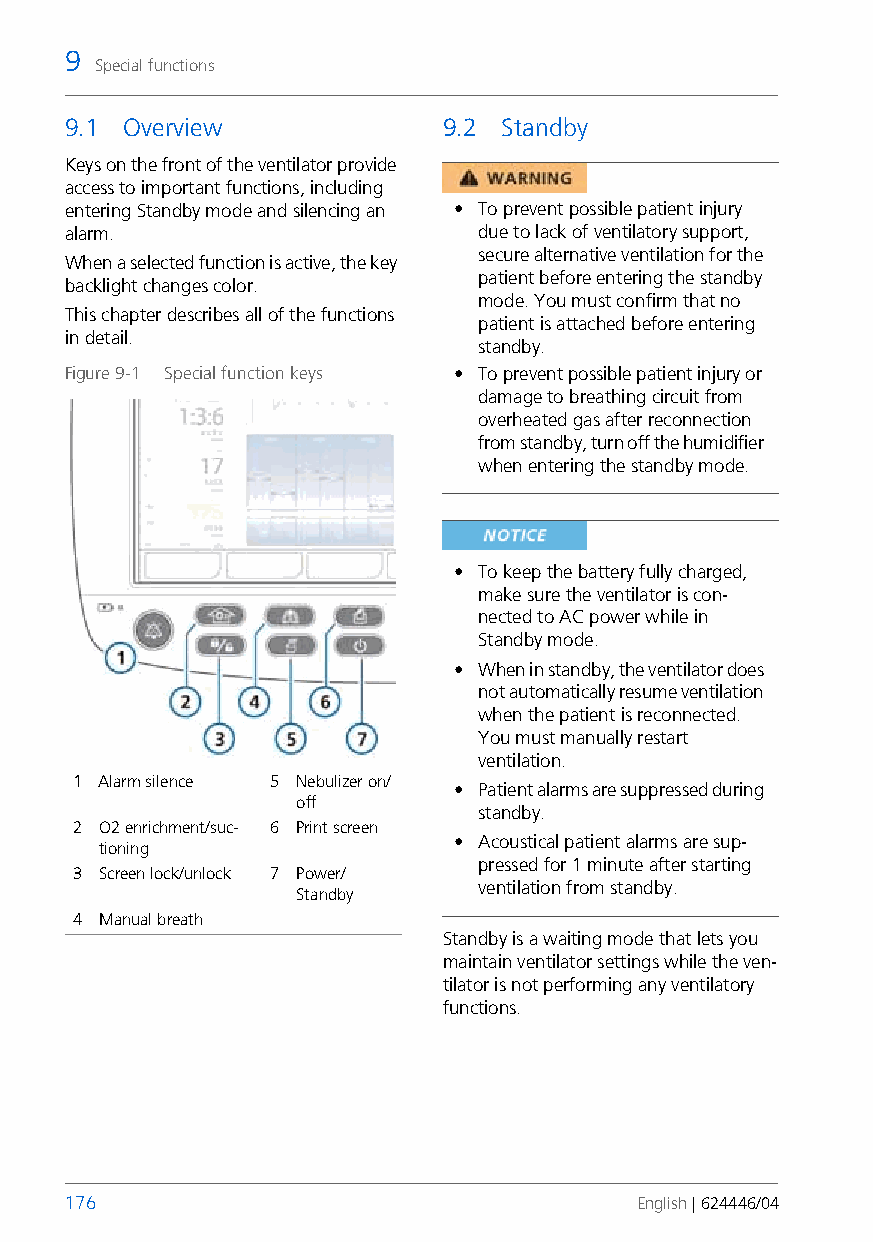
9
 Special functions
 9.1 Overview             9.2 Standby
 Keys on the front of the ventilator provide
 access to important functions, including
 entering Standby mode and silencing an • To prevent possible patient injury
 alarm.                      due to lack of ventilatory support,
 secure alternative ventilation for the
 When a selected function is active, the key
 patient before entering the standby
 backlight changes color.
 mode. You must confirm that no
 This chapter describes all of the functions
 patient is attached before entering
 in detail.
 standby.
 Figure 9-1 Special function keys • To prevent possible patient injury or
 damage to breathing circuit from
 overheated gas after reconnection
 from standby, turn off the humidifier
 when entering the standby mode.
 • To keep the battery fully charged,
 make sure the ventilator is con-
 nected to AC power while in
 Standby mode.
 • When in standby, the ventilator does
 not automatically resume ventilation
 when the patient is reconnected.
 You must manually restart
 ventilation.
 1 Alarm silence 5 Nebulizer on/
 • Patient alarms are suppressed during
 off
 standby.
 2 O2 enrichment/suc- 6 Print screen
 • Acoustical patient alarms are sup-
 tioning
 pressed for 1 minute after starting
 3 Screen lock/unlock 7 Power/
 ventilation from standby.
 Standby
 4 Manual breath
 Standby is a waiting mode that lets you
 maintain ventilator settings while the ven-
 tilator is not performing any ventilatory
 functions.
 176                                   English | 624446/04